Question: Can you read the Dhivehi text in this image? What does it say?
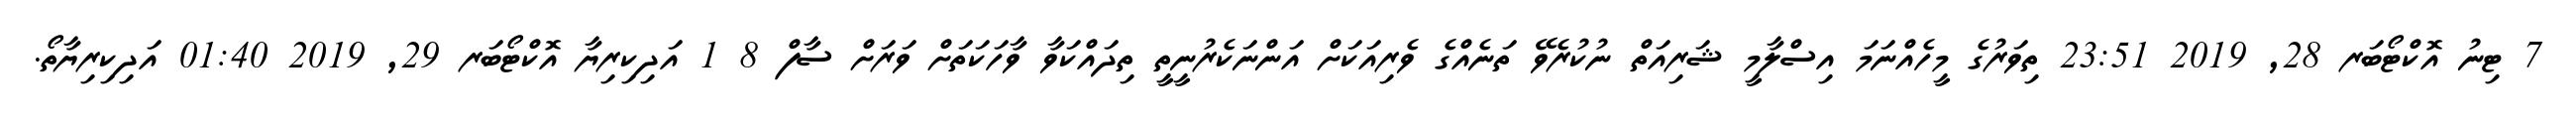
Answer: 7 ޓިނު އޮކްޓޯބަރ 28, 2019 23:51 ތިވަރުގެ މީހެއްނަމަ އިސްލާމީ ޝަރިއަތް ނުކުރެވޭ ތަނެއްގެ ވެރިއަކަށް އަންނަކެރުނީތީ ތިދައްކަވާ ވާހަކަތަށް ވަރަށް ސާފް 8 1 އަދިކިރިޔާ އޮކްޓޯބަރ 29, 2019 01:40 އަދިކިރިޔާތޯ.